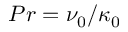
P r = \nu _ { 0 } / \kappa _ { 0 }